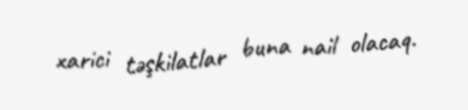
xarici təşkilatlar buna nail olacaq.